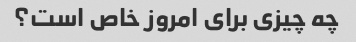
چه چیزی برای امروز خاص است؟